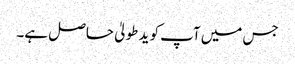
جس میں آپ کو ید طولیٰ حاصل ہے۔